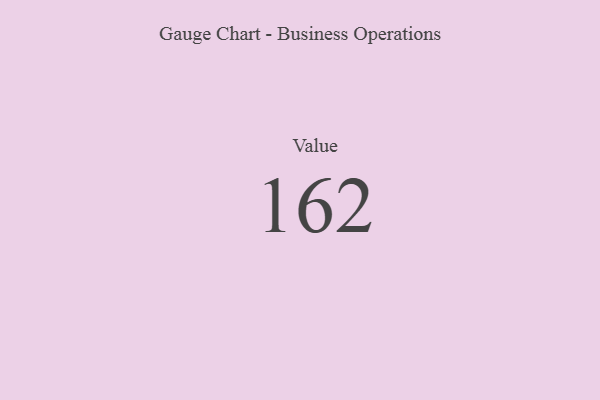
{"axis": {"x": "Metric", "y": "Value"}, "legend": [""], "data": [{"x": "Value", "y": 162, "type": ""}]}